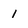
Character: 1